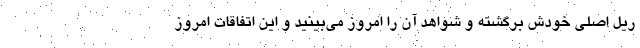
ریل اصلی خودش برگشته و شواهد آن را امروز می‌بینید و این اتفاقات امروز